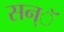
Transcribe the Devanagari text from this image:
सन्ॅ